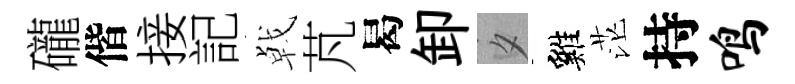
礲偕接記㦸芃曷卸夕雞茫持鸣